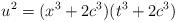
LaTeX: \begin{align*}u^2=(x^3+2c^3)(t^3+2c^3)\end{align*}